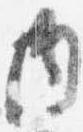
内